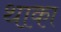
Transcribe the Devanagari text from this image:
थाका